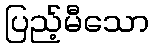
ပြည့်မီသော